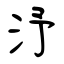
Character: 沀